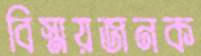
বিস্ময়জনক